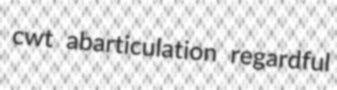
cwt abarticulation regardful